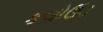
કલોઉડ